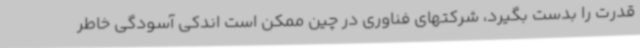
قدرت را بدست بگیرد، شرکتهای فناوری در چین ممکن است اندکی آسودگی خاطر